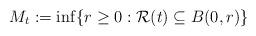
LaTeX: \begin{align*} M_t:=\inf\{r\geq 0:\mathcal{R}(t)\subseteq B(0,r)\} \end{align*}